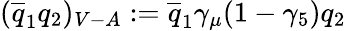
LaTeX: (\overline{{{q}}}_{1}q_{2})_{V-A}:=\overline{{{q}}}_{1}\gamma_{\mu}(1-\gamma_{5})q_{2}